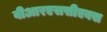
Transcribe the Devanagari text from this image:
वीआरएससीएक्स